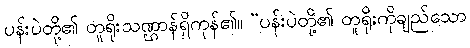
ပန်းပဲတို့၏ တူရိုးသဏ္ဌာန်ရှိကုန်၏။ “ပန်းပဲတို့၏ တူရိုးကိုချည်သော